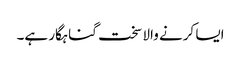
ایسا کرنے والا سخت گناہگار ہے۔